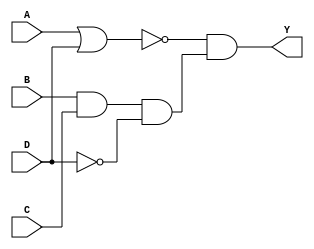

module comb_str(Y, A, B, C, D);

    output Y;
    input A, B, C, D;

    wire U1, U2, U3, U4, U5;

    or (U3, A, D);
    not (U2, U3),
        (U1, D);
    and (U4, B, C, U1),
        (U5, U2, U4);
    buf (Y, U5);

endmodule